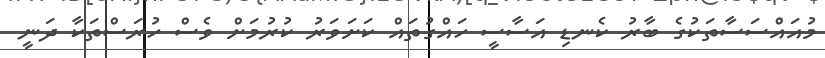
މުއައްސަސާތަކުގެ ބާރު ކެނޑި އަސާސީ ހައްގުތައް ކަށަވަރު ކުރުމަށް ވެސް ހުރަސްތަކާ ދަނީ